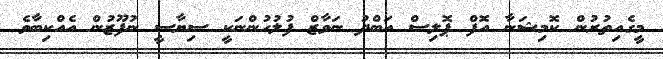
މީގެއިތުރުން ކޮމިޝަނާ އޮފް ޕޮލިސް އަބްދު ނަވާޒް ފުލުހުންނަކީ ސިޔާސީ ނުފޫޒުން އެއްކިބާވެ